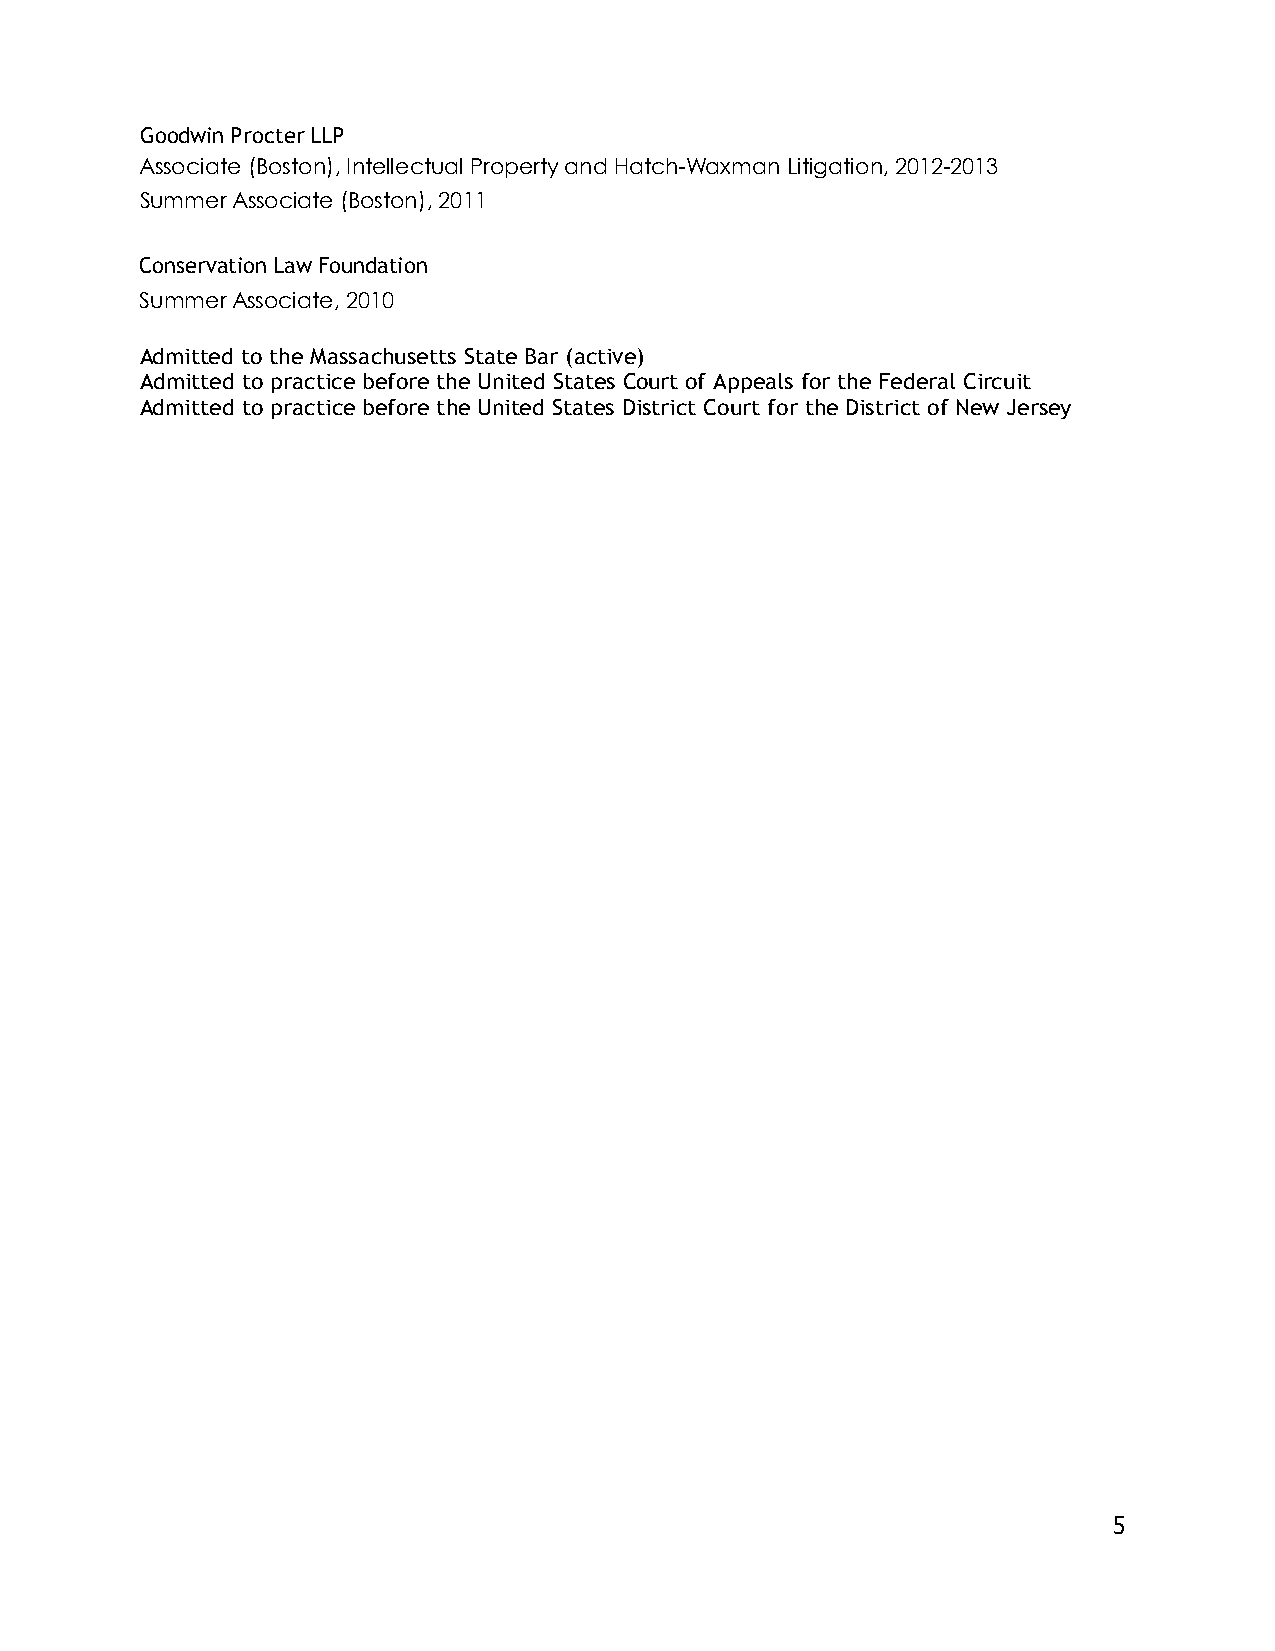
Goodwin Procter LLP
 Associate (Boston), Intellectual Property and Hatch-Waxman Litigation, 2012-2013
 Summer Associate (Boston), 2011
 Conservation Law Foundation
 Summer Associate, 2010
 Admitted to the Massachusetts State Bar (active)
 Admitted to practice before the United States Court of Appeals for the Federal Circuit
 Admitted to practice before the United States District Court for the District of New Jersey
 5